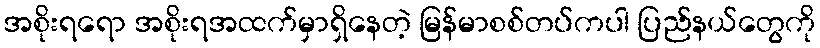
အစိုးရရော အစိုးရအထက်မှာရှိနေတဲ့ မြန်မာစစ်တပ်ကပါ ပြည်နယ်တွေကို